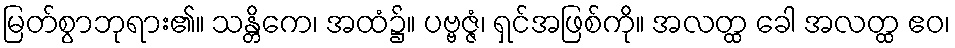
မြတ်စွာဘုရား၏။ သန္တိကေ၊ အထံ၌။ ပဗ္ဗဇ္ဇံ၊ ရှင်အဖြစ်ကို။ အလတ္ထ ခေါ အလတ္ထ ဧဝ၊